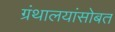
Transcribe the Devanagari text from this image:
ग्रंथालयांसोबत